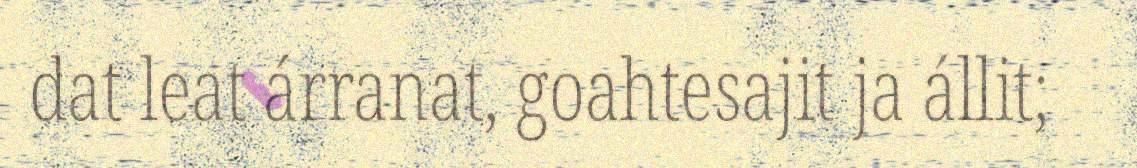
dat leat árranat, goahtesajit ja állit;